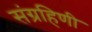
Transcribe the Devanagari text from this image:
संग्रहिणी